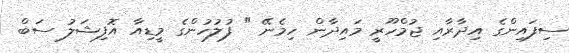
ސިފައިންގެ އިދާރާއި ޖުމްހޫރީ މައިދާން ހިމެނޭ " ފުލުހުންގެ މީޑިއާ އޮފިޝަލު ސަބް